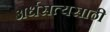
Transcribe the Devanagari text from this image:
अर्धसत्यसाठी